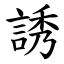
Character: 誘